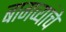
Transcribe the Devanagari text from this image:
बागव्यांचे